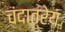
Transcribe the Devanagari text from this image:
चंदात्रेय